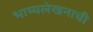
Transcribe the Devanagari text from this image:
भाष्यलेखनाची